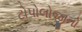
ટોપોલોજીનો